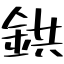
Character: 鉷